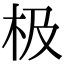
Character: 极